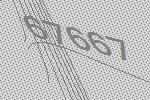
67667